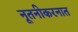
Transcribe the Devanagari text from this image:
नूतनीकरनात